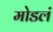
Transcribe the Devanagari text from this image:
मोडलं